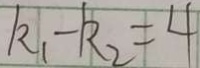
k _ { 1 } - k _ { 2 } = 4